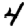
Digit: 4